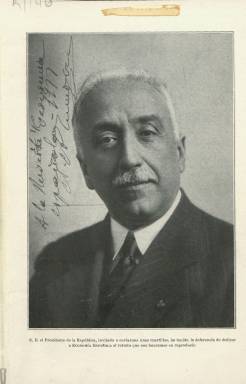
Título: Economía española (Madrid. 1933)
Colección: Economía
Ámbito geográfico: Madrid
Lugar de publicación: Madrid
Fechas: 01/01/1933-31/05/1936

Revista mensual, órgano de la Unión Económica –después, Unión Nacional Económica (UNE)–, que comenzó a publicarse en enero de 1933, siendo una de las publicaciones en su campo “más prestigiosas” del periodo republicano, a juicio de la historiadora y catedrática Mercedes Cabrera, en sus destacados trabajos (en concreto, los de 1983, 1986, 2001 y 2003). La UNE fue el “proyecto más ambicioso” hasta entonces para crear una “patronal de patronales”, siendo su promotor y presidente el industrial naviero y político monárquico-maurista bilbaíno Ramón Bergé Salcedo (1881-1947), que durante la dictadura primoriverista ya había llevado a cabo un intento similar con la creación de la Federación de Industrias Nacionales. Reunió a los más poderosos grupos de la élite financiera, industrial y comercial del país, destacando entre ellos la patronal vasca Liga Vizcaína de Productores y la catalana Fomento Nacional del Trabajo, proclamando en su asamblea constitutiva de finales de 1931, como principios básicos, la salvaguarda de la propiedad y el respeto a la ley y el orden establecidos, es decir, a la República.

En su seno se constituyó también un servicio o Centro de Estudios y de publicaciones, que estuvo dirigido por el abogado, militar y periodista conservador Mariano Marfil García (1883-1939), quien, entre otros cargos políticos, había ostentado la dirección general de Aduanas durante la dictablanda del general Berenguer, proclamándose defensor a ultranza del librecambismo y contrario a las políticas estatistas de Alemania e Italia o de Estados Unidos. En 1933 ya se agrupaban en torno a la UNE casi dos centenares de las principales patronales españolas, lo que la convirtió en un vasta organización de las oligarquías, que en 1932 había condenado el golpe del general Sanjurjo, y aunque ello no significara que aceptara las medidas que adoptaba el gobierno radical-socialista, acataría el resultado de las elecciones de 1936. “Quizás Unión Económica predicaba en el desierto, tanto en medios políticos como en medios empresariales” (Mercedes Cabrera: 2003).

El propósito de la UNE con sus asambleas, su centro de estudios, sus ciclos de conferencias, sus monografías y su revista fue intentar “formar el pensamiento orgánico de la economía nacional”, por ello señala en el artículo de presentación que su órgano de expresión “no era una revista más”, si no que serviría para “afirmar su fe en los principios del sistema económico capitalista”, reconociendo que “los tiempos” que corrían eran “duros” y no convenía que “frente al enemigo común” se disgregaran los esfuerzos, a la vez que reconocía “un paralelismo completo entre la prosperidad de los negocios y el mejoramiento de condición del obrero”. Crítica con el socialismo por su doctrina de lucha de clases, se posicionó contra el fascismo italiano por su corporativismo intervencionista. No sólo acató el régimen político republicano, sino que lo hizo “con firme lealtad para servirle y colaborar en su seno”. Y lo demostró con su primer número publicado, al invitar al presidente de la República, don Niceto Alcalá Zamora (del que inserta en la portada su retrato), al presidente del Consejo y al ministro de Hacienda para que les “honraran” en sus páginas.

En entregas de paginación variable, pues van entre un centenar y casi cuatro centenares de páginas, compuestas a una columna, y cuyo volumen ya demuestra su gran empaque, es una revista especializada en ciencia, técnica, teoría y praxis económicas, dirigida a un estricto campo profesional, y, por tanto, de público. Su propósito fue “reflejar la vida social, económica y financiera de España y el extranjero”, y para lograrlo buscó la colaboración de economistas consagrados o de políticos, intelectuales u otros profesionales destacados que pudieran ofrecer una aportación valiosa, cuya doctrina no tenía por qué responder estrictamente con la establecida por la patronal o la revista, la cual no aspiraba a dogmatizar, se dirá también en su artículo de presentación.

Ofreció cumplida información de las actividades, las memorias y las grandes asambleas celebradas por la UNE o sobre los ciclos de conferencias que organizó en torno al proyecto de reforma agraria o las notas oficiosas que cursaba; de las de otras entidades, como la de la Conferencia Nacional de la Banca, la Conferencia Ganadera o la de la Asamblea General de Transportes (1933). Dio cuenta de los acontecimientos de relieve a nivel internacional, como la Conferencia Económica de Londres (1933), y publica discursos, conferencias de ciclos, o sólidos artículos de investigación sobre la economía española. También un índice mensual de legislación económica, financiera y social, incluida la extranjera, y prescindió de los ingresos que pudiera proporcionar una sección de publicidad.

Ofrece crónicas mensuales de economía y de finanzas; artículos y estudios de cuestiones de política económica, política presupuestaria y política social, y de industria, agricultura o comercio. Sobre concentración parcelaria, regadíos, crédito agrícola, fusión de compañías, problema ferroviario, obras hidráulicas, industria minera y comercio del carbón, cártel internacional del acero, población, intervencionismo económico, crisis económica española y mundial, procesos económicos y teoría de los ciclos, ahorro, red nacional de transporte de energía eléctrica, comercio, conciliación y arbitraje internacional, formación profesional, empleo, paro forzoso o seguro social, entre otros muchos asuntos.

Tiene una sección de Bibliografía, y otra de Documentos o Publicaciones, con paginación independiente, entre los que se encuentran la traducción del folleto Stalin & Cía, por R.N. Coudenhove-Kalergi, presidente de Unión Paneuropa, sobre la experiencia económica en Rusia; La economía dirigida, conferencia del Congreso de Economía Mundial de Berlín, de 1932, organizado por la Sociedad de Economía Política de París; El potencial económico de España, por Antonio de Miguel, o El problema cerealista en España durante el reinado de los Reyes Católicos (1475-1516), por Eduardo Ibarra Rodríguez.

Contó con un cuadro de colaboradores que supera la treintena de reconocidos economistas, profesores y expertos, que más adelante duplicará en número. Citaremos algunos, como Joaquín Adán, Luis Barreiro, Ramón Bergé, Germán Bernácer, Carlos Caamaño, Jaime Carner, Olegario Fernández Baños, Gregorio Fernández Díez, Alfonso García Valdecasas, Benigno González Sologaistúa, Antonio de Miguel, José Manteca, Mariano Marfil, Miguel Maura, Luis Olariaga, Leopoldo Ridruejo, Daniel Ríu, Javier Ruiz Almansa, Manuel de Torres, Juan Ventosa y Calvell, Ignacio Villalonga, Blas Vives o el Vizconde de Leza.

La revista publicó algunos números dobles y alguno triple, y el 41, de mayo de 1936, es el último de su colección en la Biblioteca Nacional de España. Referencias sobre la historia de la prensa económica española son las de Victoria María de Diego Vallejo y Jesús Timoteo Álvarez (1985) y Luis Garrido González (1993).